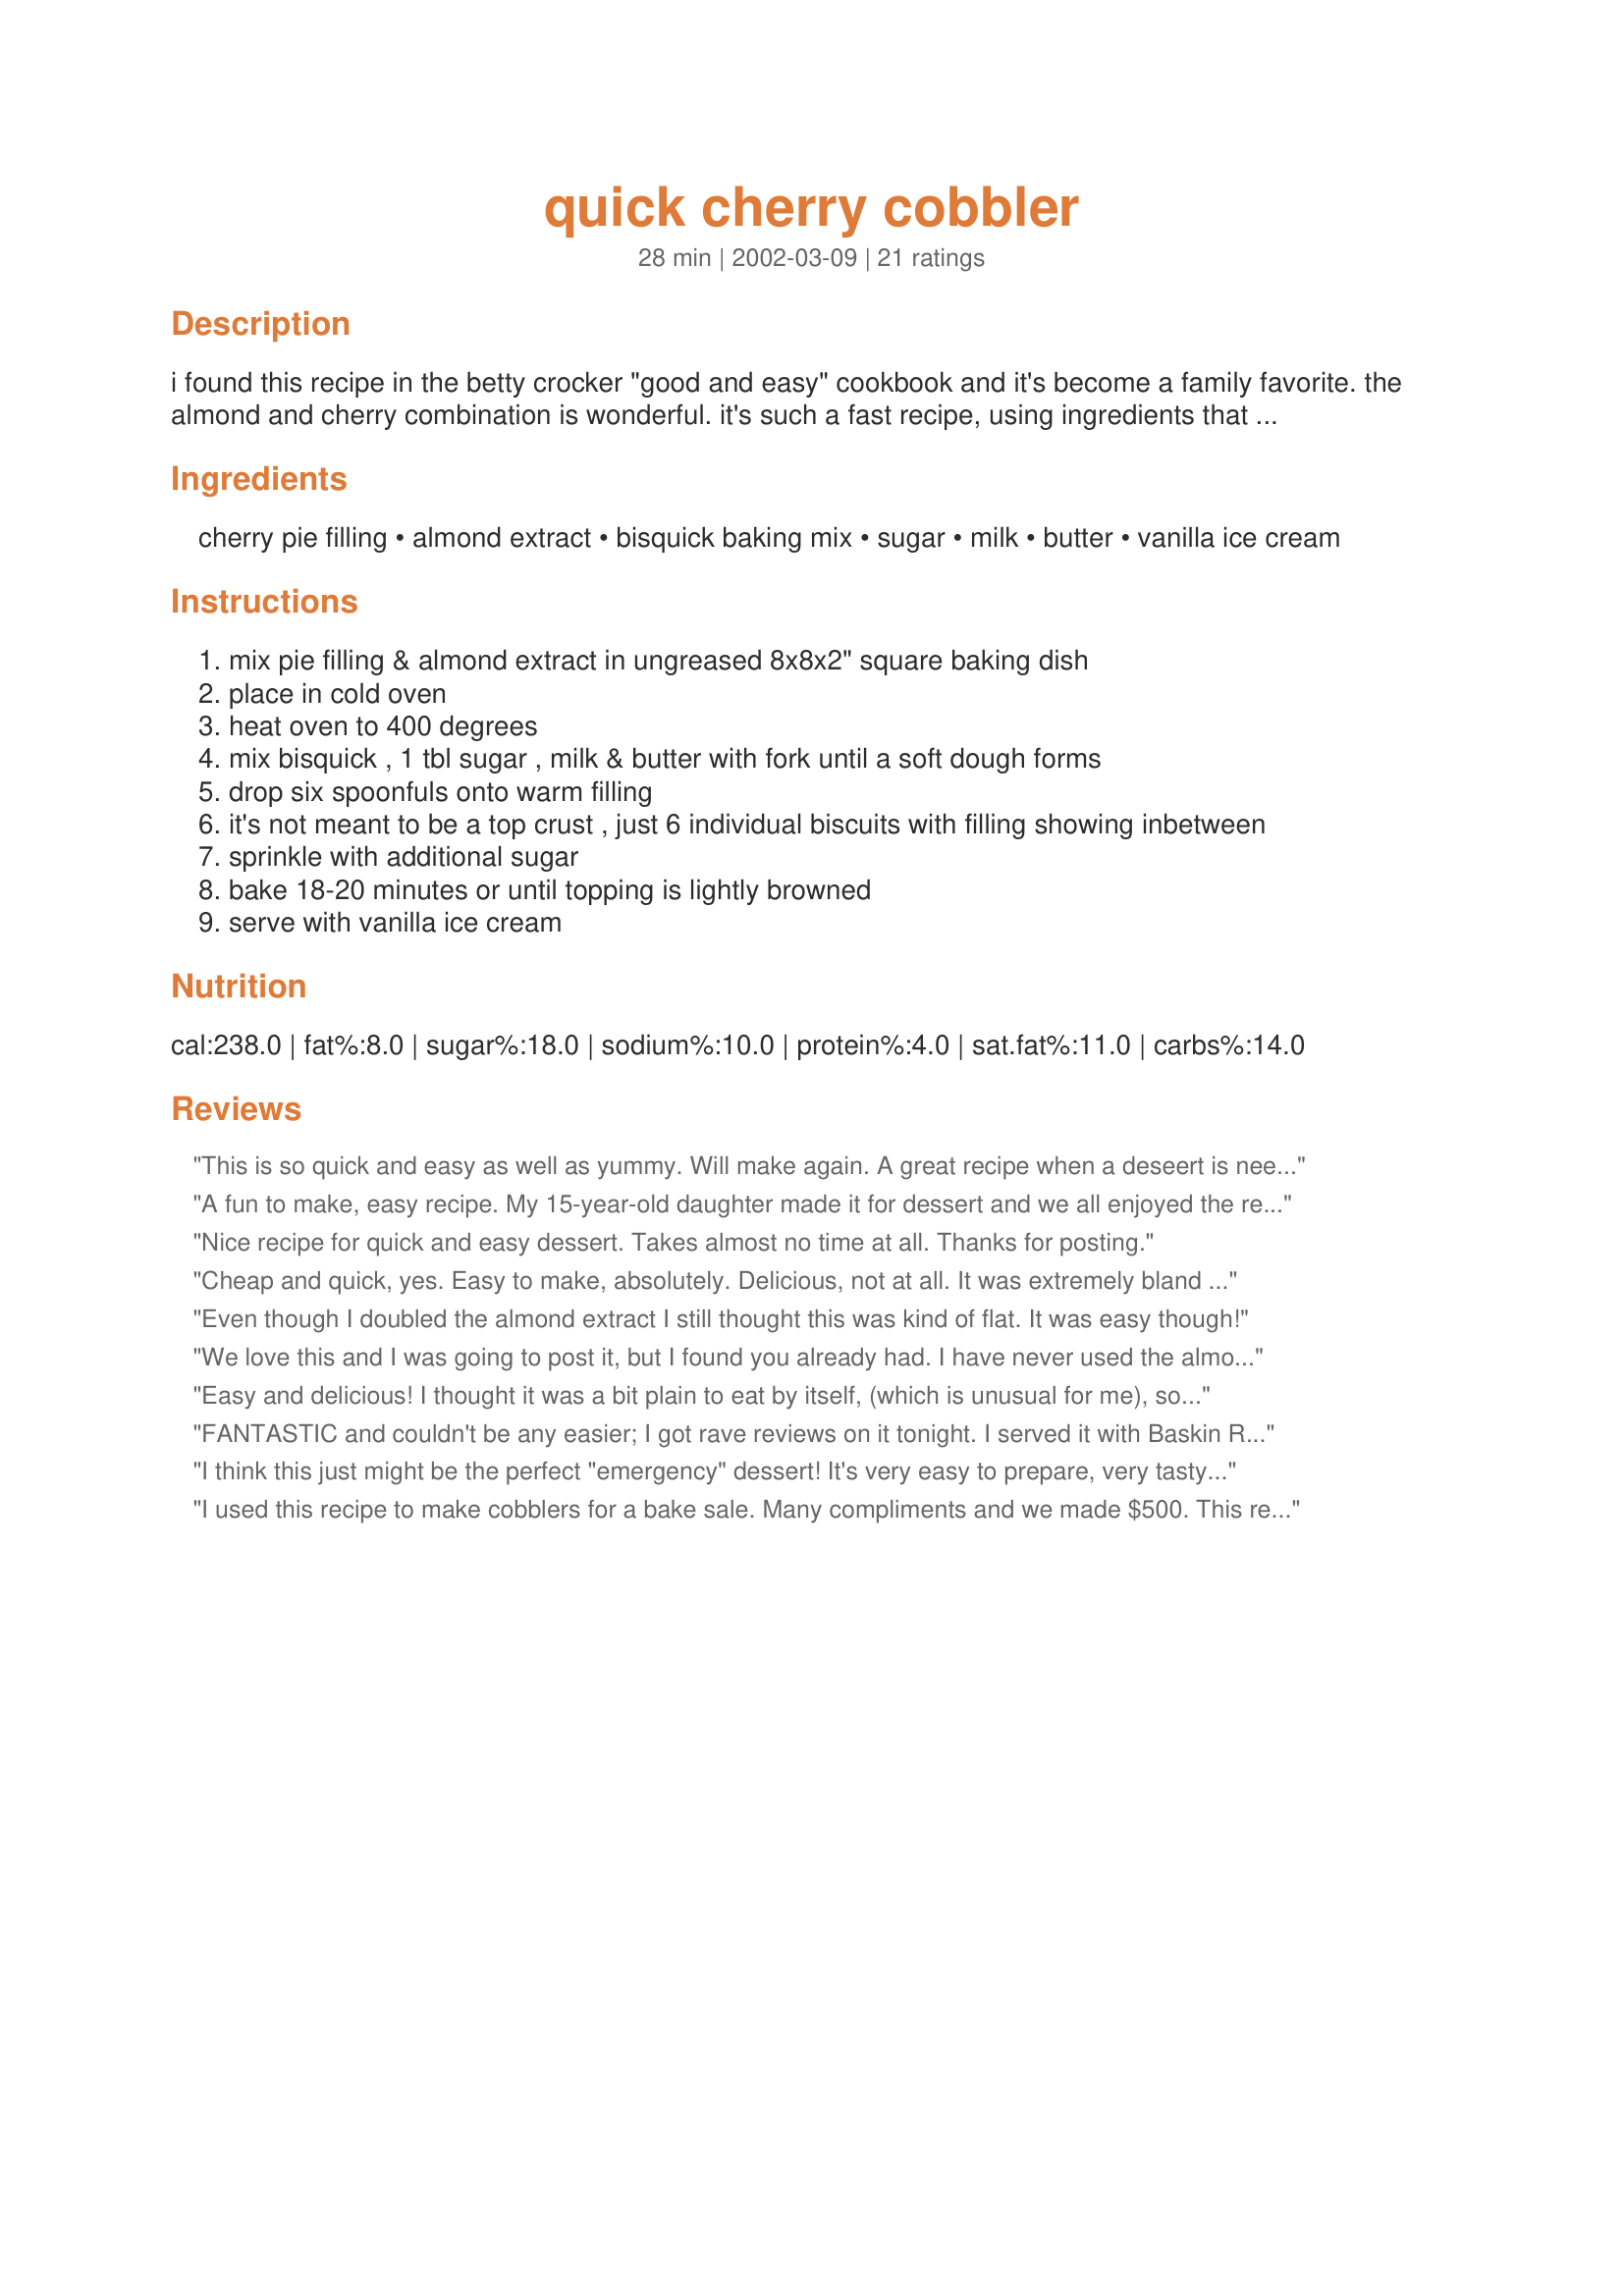
quick cherry cobbler
Preparation time: 28 minutes

i found this recipe in the betty crocker "good and easy" cookbook and it's become a family favorite. the almond and cherry combination is wonderful. it's such a fast recipe, using ingredients that are easily kept on hand.
update 2/16/09: thanks to several reviews pointing out that the recipe needs to be served a la mode, i am modifying the original recipe to the way i've been making it myself for years now. i've always had ice cream in step 8 as a serving option (have now added it to the ingredient list) & i've always used a full teaspoon of almond extract in the mix because we prefer the stronger flavor. thanks to everyone for taking the time to review. *tink

Ingredients:
cherry pie filling, almond extract, bisquick baking mix, sugar, milk, butter, vanilla ice cream

Steps:
mix pie filling & almond extract in ungreased 8x8x2" square baking dish
place in cold oven
heat oven to 400 degrees
mix bisquick , 1 tbl sugar , milk & butter with fork until a soft dough forms
drop six spoonfuls onto warm filling
it's not meant to be a top crust , just 6 individual biscuits with filling showing inbetween
sprinkle with additional sugar
bake 18-20 minutes or until topping is lightly browned
serve with vanilla ice cream

Reviews:
This is so quick and easy as well as yummy. Will make again. A great recipe when a deseert is needed fast.
A fun to make, easy recipe. My 15-year-old daughter made it for dessert and we all enjoyed the results!
Nice recipe for quick and easy dessert. Takes almost no time at all. Thanks for posting.
Cheap and quick, yes. Easy to make, absolutely. Delicious, not at all. It was extremely bland and needed considerable help with whipped and/or ice cream. Some how, even the flavor of the pie filling got lost. My family didn't like it at all. I'm sorry but I can't give this more then 2 stars, and I'm only giving that because it was so easy and cheap to make.
Even though I doubled the almond extract I still thought this was kind of flat. It was easy though!
We love this and I was going to post it, but I found you already had. I have never used the almond extract in mine and I use whipped cream instead of ice cream. It is oh so yummy!
Easy and delicious! I thought it was a bit plain to eat by itself, (which is unusual for me), so I topped it with Cool Whip. I used the low fat Bisquick and low fat cherry pie filling. Using all the low fat items could be why it seemed plain before the addition of the Cool Whip topping I used. The dish received rave reviews. Thanks!!
FANTASTIC and couldn't be any easier; I got rave reviews on it tonight. I served it with Baskin Robbins french vanilla ice cream on top...yummy. It was so simple and quick I nearly felt guilty getting complimented on it! The other great thing is that you always have the ingredients on hand, so you can just throw it together in a snap. Thanks for the post. Its a keeper. :)
I think this just might be the perfect "emergency" dessert! It's very easy to prepare, very tasty, and cooks up quickly. If you suddenly need a dessert and don't want to fall back on ice cream, just keep pie filling and Bisquick on hand and you'll always be able to make this! I used blueberry pie filling instead of cherry (it's what I had on hand) and, instead of starting in a cold oven, I preheated the oven and warmed the filling in a glass baking dish in the microwave. Thanks for the recipe; it's a keeper!
I used this recipe to make cobblers for a bake sale. Many compliments and we made $500. This recipe deffinately kept 'em coming back for more. Thanks for sharing, i needed something EZ and Quick and this recipe did the trick! msdisney
Not much I can add except to reinforce how easy this was to do and how good it was to eat!! A really good way to make all kinds of fruit cobblers. Thanks Lorilyn.
What else can I say. Yummy, fast to make with stuff that you usually have. I did add chopped nuts to the topping and it was so good that the next time I'll double the topping.
I made this with the filling from Recipe #60581 instead of the canned pie filling and what a treat! (I cooked the filling in the microwave and then put everything together.) Thank you for the great recipe! Not quite as bad for me as pie :-) and so easy!
I really like this. I didn't use any extract and was way too stuffed to try it hot. It was worth the wait and is very good cold! I also put it all straight into a hot oven, and it came out wonderful.
Thanks Lorilyn for a great, easy and quick recipe! I used the sugar free cherry pie filling (sweetened with Splenda) and made the recipe as stated. I too, agree, the recipe needs 2 cans of cherry pie filling. After we licked the bowls clean the doggies got a sample with ice cream too. Wonderful recipe, will make often!
Quick, easy and everyone loved it. Great holiday dessert for when you are all cooked out! YUMMMMMMM...
5 stars for being so quick, easy and delicious! I did use the full teaspoon of almond extract because that's such a nice flavor with cherries. Gosh, I had this in the oven in minutes....couldn't be any easier! Of course, we had to have this with some good vanilla ice cream. A very nice old-fashioned treat. Thanks so much Tinkerbell :)
A very good and quick cobbler to make. I had Jiffy baking mix on hand and it made 6 tablespoons of topping but didnt spread out very much when I baked it. Not sure if I didnt let the cherries get warm enough in the oven or it was the Jiffy mix. If you use it do double the topping ingredients. Loved the almond extract added to the cherries. DH had this tonight for dessert and he gave it five stars too! Thanks for posting hon, will be making this again! Made and reviewed for the Chef Alphabet Tag Game.
This was excellent. The only change I will make next time is to double the cherry part. I use almond extract in my favorite cherry pie, and I did add a little extra, because I love the cherry/almond combination.

This will definitely be made again, and often. Thanks, Lorilyn, for a wonderful recipe
YES...this is fast and easy..Hubby likes it he loves cherries...I will try apple next time.
Nothing to change. Thank You
This is very quick and simple and the taste is great. I love the taste, but then I love cherry!!
